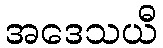
အဒေသယီ